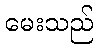
မေးသည်